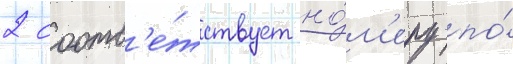
2 соотв'е́тствует но́м'еру по́